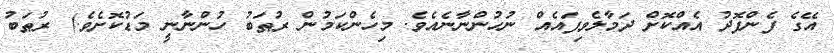
އޭގެ ފެންފޮދު އެއްކޮށް ދަމާލެވިފައެއް ނުހުންނާނެއެވެ. މިހެންކަމުން ރުޠަބު ހުންނާނީ މަޑުކޮށެވެ.) ރުޠަބު